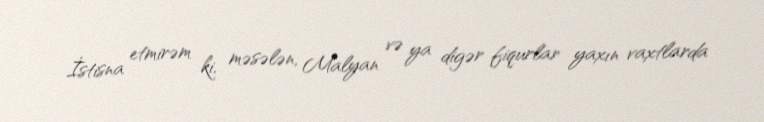
İstisna etmirəm ki, məsələn, Malyan və ya digər fiqurlar yaxın vaxtlarda